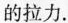
的拉力。